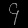
Digit: ၄